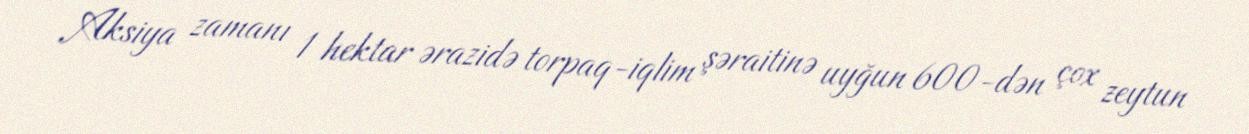
Aksiya zamanı 1 hektar ərazidə torpaq-iqlim şəraitinə uyğun 600-dən çox zeytun